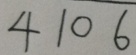
4 1 0 6